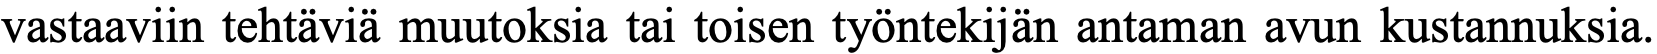
vastaaviin tehtäviä muutoksia tai toisen työntekijän antaman avun kustannuksia.